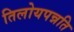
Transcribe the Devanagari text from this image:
तिलोयपन्नति